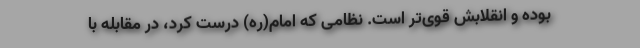
بوده و انقلابش قوی‌تر است. نظامی که امام(ره) درست کرد، در مقابله با